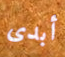
أبدى